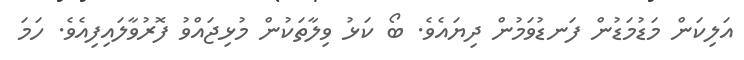
އަލިކަން މަޑުމަޑުން ފަނޑުވަމުން ދިޔައެވެ. ބޯ ކަޅު ވިލާތަކުން މުޅިޖައްވު ފޮރުވާލައިފިއެވެ. ހަމަ